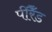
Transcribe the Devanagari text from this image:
पीरैँड